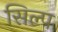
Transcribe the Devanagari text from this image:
सिल्प